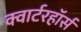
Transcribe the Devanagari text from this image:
क्वार्टरहॉर्स